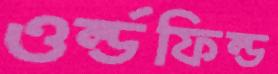
ওর্ল্ডফিল্ড